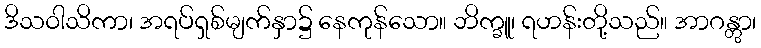
ဒိသဝါသိကာ၊ အရပ်ရှစ်မျက်နှာ၌ နေကုန်သော။ ဘိက္ခူ၊ ရဟန်းတို့သည်။ အာဂန္တွာ၊